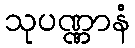
သုပဏ္ဏာနံ